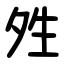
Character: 夝